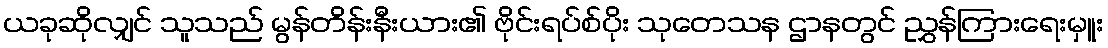
ယခုဆိုလျှင် သူသည် မွန်တိန်းနီးယား၏ ဗိုင်းရပ်စ်ပိုး သုတေသန ဌာနတွင် ညွှန်ကြားရေးမှူး